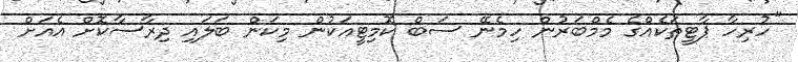
"ހުރިހާ ޕާޓީތަކެއްގެ މެމްބަރުން ހިމެނޭ ސަބް ކޮމިޓީއަކުން މިކަން ބަލައި ދިރާސާކޮށް އެއަށް